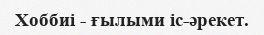
Хоббиі - ғылыми іс-әрекет.